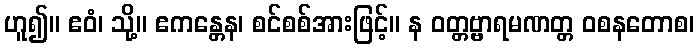
ဟူ၍။ ဧဝံ၊ သို့။ ဧကန္တေန၊ စင်စစ်အားဖြင့်။ န ဝတ္တဗ္ဗာရမဏတ္တ ဝစနတောစ၊